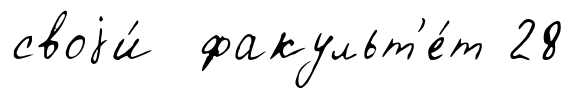
своjи́ факульт'е́т 28